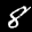
Digit: 8